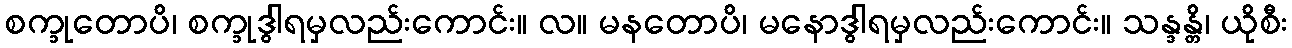
စက္ခုတောပိ၊ စက္ခုဒွါရမှလည်းကောင်း။ လ။ မနတောပိ၊ မနောဒွါရမှလည်းကောင်း။ သန္ဒန္တိ၊ ယိုစီး